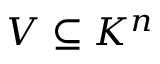
V \subseteq K ^ { n }